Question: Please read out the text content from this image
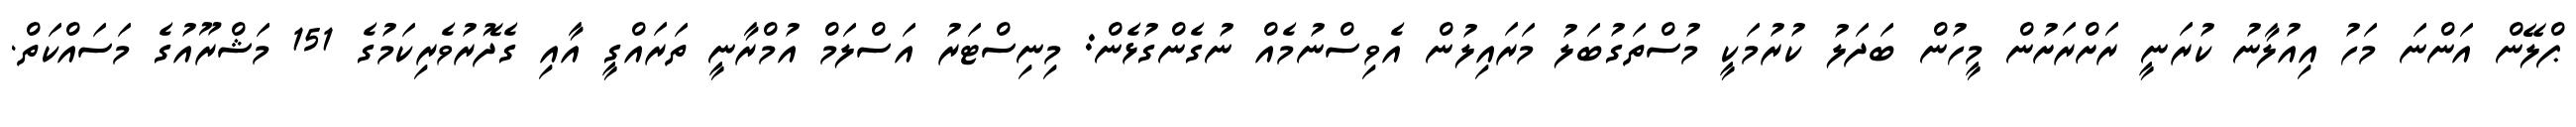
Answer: ޕްލޭން އަންނަ މަހު އިއުލާނު ކުރަނީ ރަށްރަށުން މީހުން ބަދަލު ކުރުމަކީ މުސްތަގުބަލު މަރައިލުން އެވިސްނުމެއް ނުގެންގުޅެން: މިނިސްޓަރު އަސްލަމް އުމްރާނީ ތަރައްގީ އާއި ގެދޮރުވެރިކަމުގެ 151 މަޝްރޫއުގެ މަސައްކަތް.